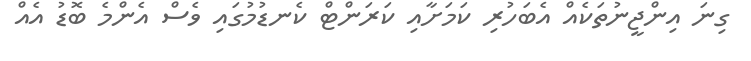
ގިނަ އިންޖީނުތަކެއް އެބަހުރި ކަމަށާއި ކަރަންޓް ކެނޑުމުގައި ވެސް އެންމެ ބޮޑު އެއް